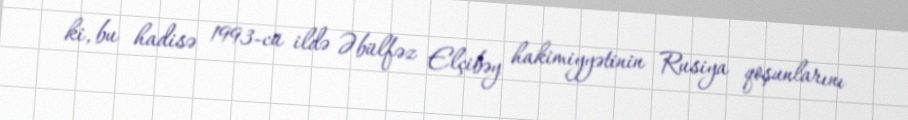
ki, bu hadisə 1993-cü ildə Əbülfəz Elçibəy hakimiyyətinin Rusiya qoşunlarını